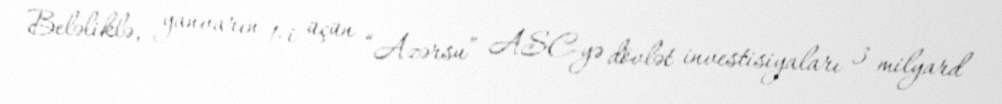
Beləliklə, yanvarın 1-i üçün “Azərsu” ASC-yə dövlət investisiyaları 3 milyard